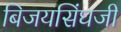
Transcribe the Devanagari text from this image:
बिजयसिंघजी